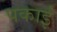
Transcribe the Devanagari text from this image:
पकाईं